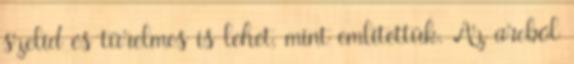
szelíd és türelmes is lehet, mint említettük. Az arcból